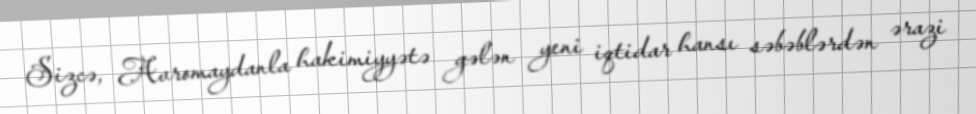
Sizcə, Avromaydanla hakimiyyətə gələn yeni iqtidar hansı səbəblərdən ərazi